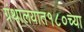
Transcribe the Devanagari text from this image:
ग्रंथालयात१८०च्या